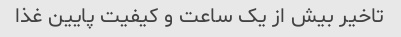
تاخیر بیش از یک ساعت و کیفیت پایین غذا